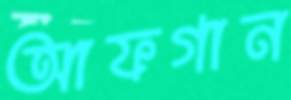
আফগান